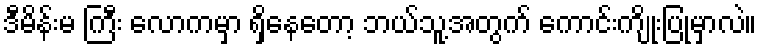
ဒီမိန်းမ ကြီး လောကမှာ ရှိနေတော့ ဘယ်သူ့အတွက် ကောင်းကျိုးပြုမှာလဲ။